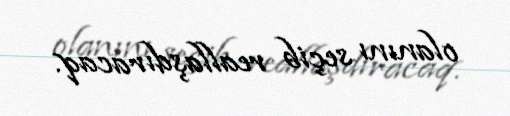
olanını seçib reallaşdıracaq.